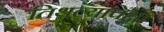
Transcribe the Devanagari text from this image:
तिथल्यापेक्षा